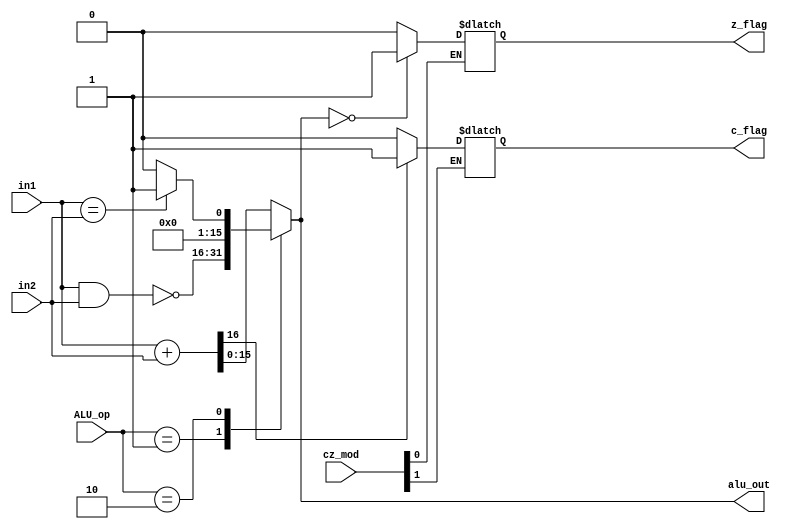
module ALU (ALU_op,cz_mod,in1,in2,alu_out,z_flag,c_flag);

input [1:0] ALU_op,cz_mod;
input [15:0] in1,in2;
output reg [15:0] alu_out;
output reg z_flag,c_flag;

reg carry;
reg [15:0] temp;

always @ (*)
begin

case (ALU_op)

2'b00:
{carry,alu_out} = in1+in2;

2'b01:
alu_out= ~(in1 & in2);

2'b10:begin
if(in1==in2)
alu_out = 16'h0001;
else
alu_out = 16'h0000;

end

default:
alu_out = 16'bx;

endcase

if(cz_mod[1])
begin

if(carry)
c_flag=1;

else
c_flag=0;

end

if(cz_mod[0])
begin

if(alu_out==16'b0)
z_flag=1;

else
z_flag=0;

end

end

endmodule